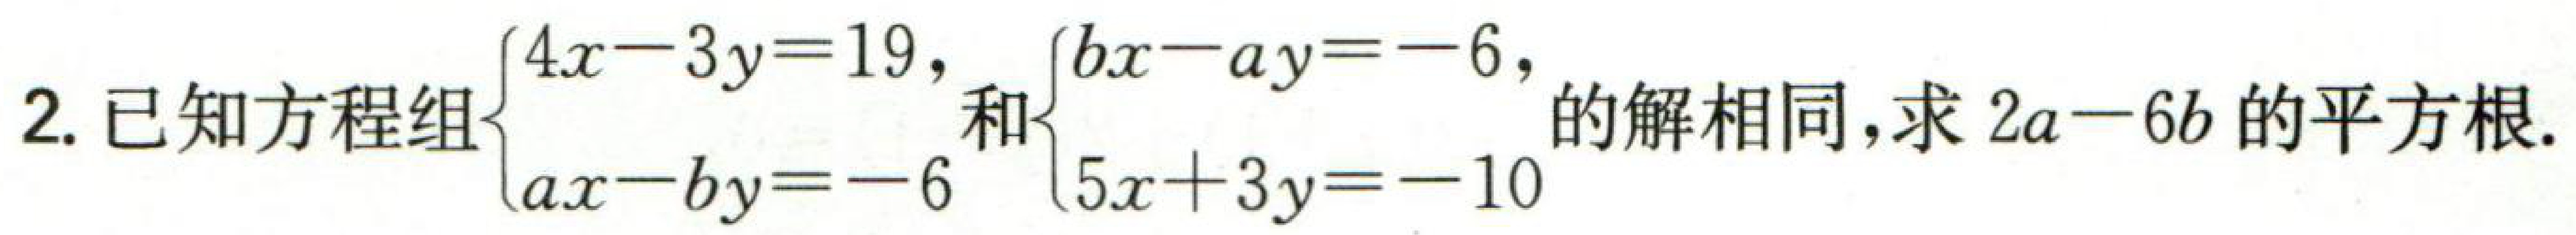
2. 已知方程组\(\begin{cases}4x - 3y = 19,\\ax - by = - 6\end{cases}\)和\(\begin{cases}bx - ay = - 6,\\5x + 3y = - 10\end{cases}\)的解相同，求\(2a - 6b\)的平方根.